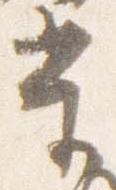
当